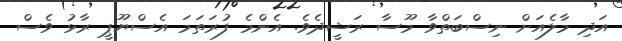
އަދި މާލެއަށް ނިސްބަތްވާ މޫސާ ރަޝީދެވެ. އެންމެ ފުރަތަމަ އެސްޔޫޕީ ރާޅު ވެސް